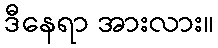
ဒီနေရာ အားလား။